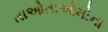
તાઓતાઓમોના